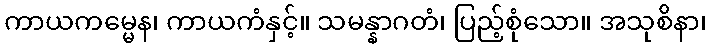
ကာယကမ္မေန၊ ကာယကံနှင့်။ သမန္နာဂတံ၊ ပြည့်စုံသော။ အသုစိနာ၊